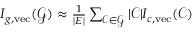
\begin{array} { r } { I _ { g , \mathrm { v e c } } ( \mathcal { G } ) \approx \frac { 1 } { \left| E \right| } \sum _ { \mathcal { C } \in \mathcal { G } } | \mathcal { C } | I _ { c , \mathrm { v e c } } ( \mathcal { C } ) } \end{array}